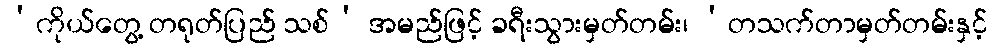
‘ကိုယ်တွေ့ တရုတ်ပြည် သစ်’ အမည်ဖြင့် ခရီးသွားမှတ်တမ်း၊ ‘တသက်တာမှတ်တမ်းနှင့်